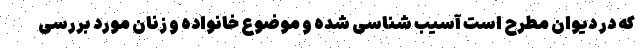
که در دیوان مطرح است آسیب شناسی شده و موضوع خانواده و زنان مورد بررسی